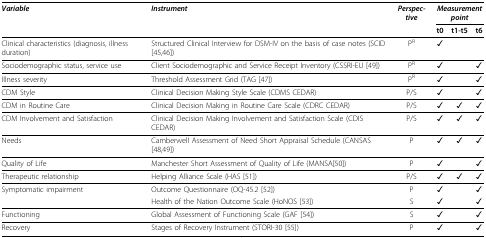
<table><thead><tr><td><b><i>Variable</i></b></td><td><b><i>Instrument</i></b></td><td><b><i>Perspec-tive</i></b></td><td colspan="3"><b><i>Measurement point</i></b></td></tr><tr><td></td><td></td><td></td><td><b>t0</b></td><td><b>t1-t5</b></td><td><b>t6</b></td></tr></thead><tbody><tr><td>Clinical characteristics (diagnosis, illness duration)</td><td>Structured Clinical Interview for DSM-IV on the basis of case notes (SCID [45,46])</td><td>P<sup>R</sup></td><td>✓</td><td></td><td></td></tr><tr><td>Sociodemographic status, service use</td><td>Client Sociodemographic and Service Receipt Inventory (CSSRI-EU [49])</td><td>P<sup>R</sup></td><td>✓</td><td></td><td>✓</td></tr><tr><td>Illness severity</td><td>Threshold Assessment Grid (TAG [47])</td><td>P<sup>R</sup></td><td>✓</td><td></td><td>✓</td></tr><tr><td>CDM Style</td><td>Clinical Decision Making Style Scale (CDMS CEDAR)</td><td>P/S</td><td>✓</td><td></td><td>✓</td></tr><tr><td>CDM in Routine Care</td><td>Clinical Decision Making in Routine Care Scale (CDRC CEDAR)</td><td>P/S</td><td>✓</td><td>✓</td><td>✓</td></tr><tr><td>CDM Involvement and Satisfaction</td><td>Clinical Decision Making Involvement and Satisfaction Scale (CDIS CEDAR)</td><td>P/S</td><td>✓</td><td>✓</td><td>✓</td></tr><tr><td>Needs</td><td>Camberwell Assessment of Need Short Appraisal Schedule (CANSAS [48,49])</td><td>P</td><td>✓</td><td>✓</td><td>✓</td></tr><tr><td>Quality of Life</td><td>Manchester Short Assessment of Quality of Life (MANSA[50])</td><td>P</td><td>✓</td><td></td><td>✓</td></tr><tr><td>Therapeutic relationship</td><td>Helping Alliance Scale (HAS [51])</td><td>P/S</td><td>✓</td><td>✓</td><td>✓</td></tr><tr><td>Symptomatic impairment</td><td>Outcome Questionnaire (OQ-45.2 [52])</td><td>P</td><td>✓</td><td></td><td>✓</td></tr><tr><td></td><td>Health of the Nation Outcome Scale (HoNOS [53])</td><td>S</td><td>✓</td><td></td><td>✓</td></tr><tr><td>Functioning</td><td>Global Assessment of Functioning Scale (GAF [54])</td><td>S</td><td>✓</td><td></td><td>✓</td></tr><tr><td>Recovery</td><td>Stages of Recovery Instrument (STORI-30 [55])</td><td>P</td><td>✓</td><td></td><td>✓</td></tr></tbody></table>